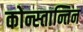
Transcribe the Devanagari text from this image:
कोन्स्तान्तिन